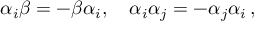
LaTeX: \alpha _ { i } \beta = - \beta \alpha _ { i } , \quad \alpha _ { i } \alpha _ { j } = - \alpha _ { j } \alpha _ { i } \, ,